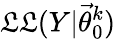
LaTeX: \mathfrak{L}\mathfrak{L}(Y|\vec{{\theta}}_{0}^{k})